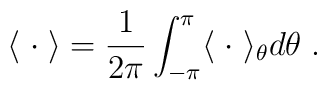
\langle \; \cdot \; \rangle = \frac{1}{2\pi}\int_{-\pi}^{\pi}\langle \; \cdot \; \rangle_\theta d\theta \;.